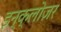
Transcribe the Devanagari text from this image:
इन्क्लोज़र